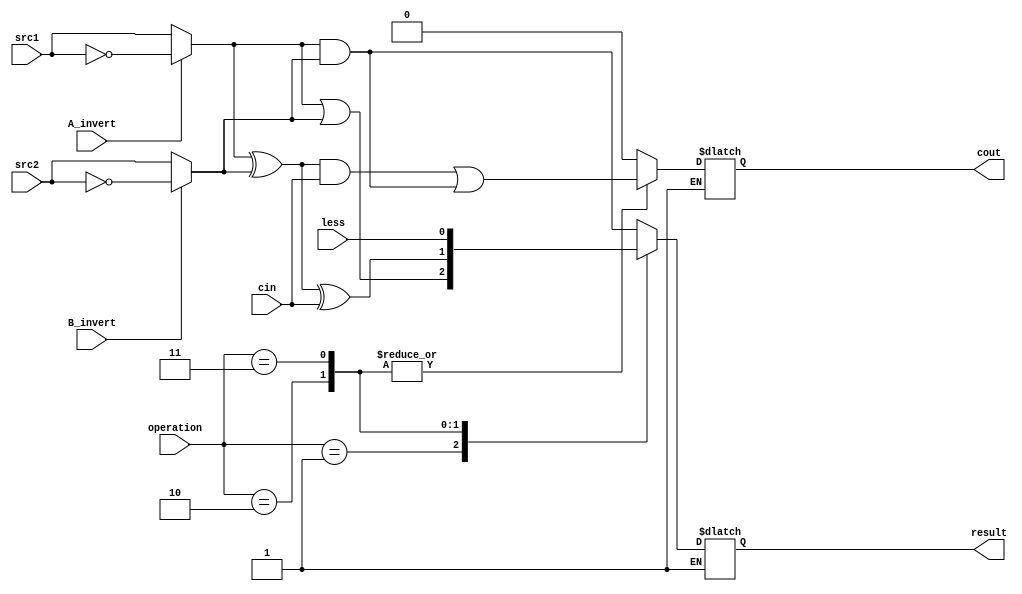
//0713216

`timescale 1ns/1ps

//////////////////////////////////////////////////////////////////////////////////
// Company: 
// Engineer: 
// 
// Design Name: 
// Module Name:    alu_top 
// Project Name: 
// Target Devices: 
// Tool versions: 
// Description: 
//
// Dependencies: 
//
// Revision: 
// Revision 0.01 - File Created
// Additional Comments: 
//
//////////////////////////////////////////////////////////////////////////////////

module alu_top(
               src1,       //1 bit source 1 (input)
               src2,       //1 bit source 2 (input)
               less,       //1 bit less     (input)
               A_invert,   //1 bit A_invert (input)
               B_invert,   //1 bit B_invert (input)
               cin,        //1 bit carry in (input)
               operation,  //operation      (input)
               result,     //1 bit result   (output)
               cout       //1 bit carry out(output)
               );

input         src1;
input         src2;
input         less;
input         A_invert;
input         B_invert;
input         cin;
input [2-1:0] operation;

output  reg   result;
output  reg    cout;

reg s1, s2;
reg done;

always@(operation or A_invert or B_invert or cin) begin

done = 0;

if(done == 0)begin

    if(A_invert) s1 = ~src1; else s1 = src1;
    if(B_invert) s2 = ~src2; else s2 = src2;

     case(operation)
          2'b00:  begin //and
              result = s1 & s2;
              cout = 0;  end

          2'b01:  begin //or
              result = s1 | s2;
              cout = 0; end

          2'b10: begin //add
              result = (s1 ^ s2) ^ cin;
              cout = (s1 ^ s2) & cin | (s1 & s2);  end

          2'b11: begin //slt 
              result = less;
              cout = (s1 ^ s2) & cin | (s1 & s2);  end

         default: ;

    endcase
    
    done = 1;

end
else begin
    result = result;
    cout = cout;
end
end

endmodule